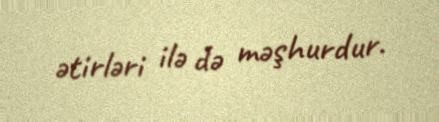
ətirləri ilə də məşhurdur.